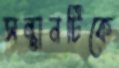
সন্তানটিকে